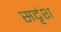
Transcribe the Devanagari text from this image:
सदृंश